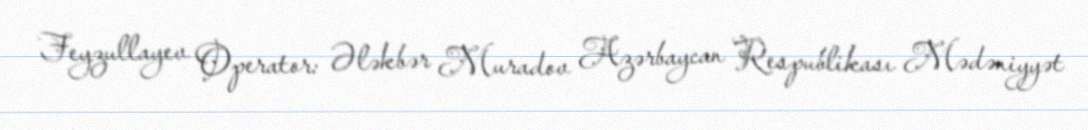
Feyzullayev Operator: Ələkbər Muradov Azərbaycan Respublikası Mədəniyyət